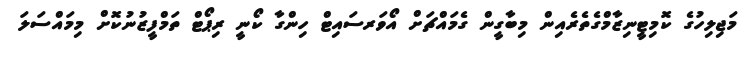
މަޖިލިހުގެ ކޮމިޓީނިޒާމްގެތެރެއިން މިބާގީން ގެމައްޗަށް އޯވަރސައިޓް ހިންގާ ކޯނީ ރިޕޯޓް ތަމްފީޒުނުކޮށް މިމައްސަލަ